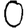
Digit: 0